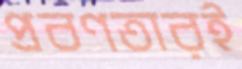
প্রবণতারই